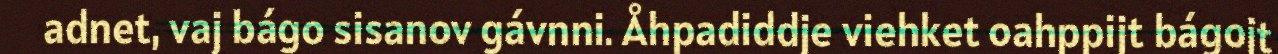
adnet, vaj bágo sisanov gávnni. Åhpadiddje viehket oahppijt bágojt